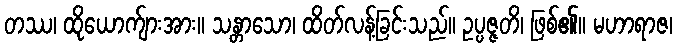
တဿ၊ ထိုယောက်ျားအား။ သန္တာသော၊ ထိတ်လန့်ခြင်းသည်။ ဥပ္ပဇ္ဇတိ၊ ဖြစ်၏။ မဟာရာဇ၊